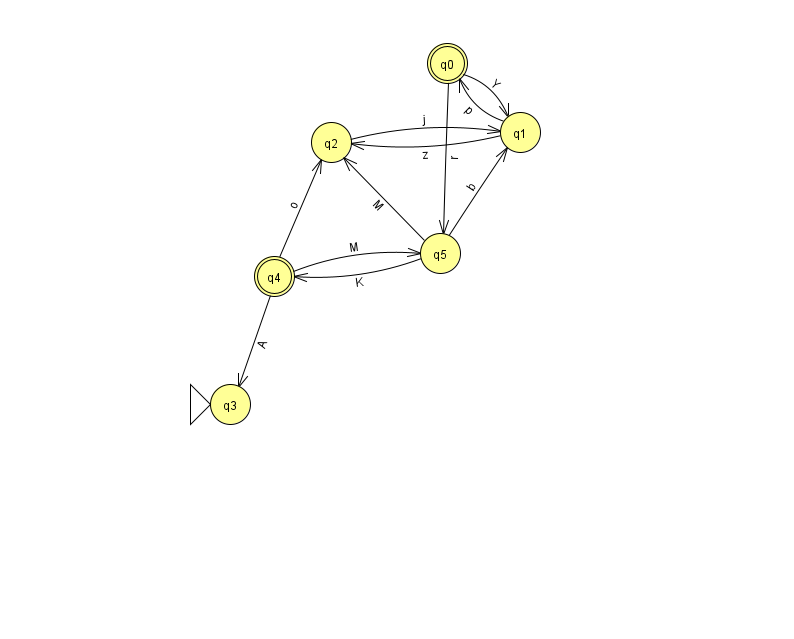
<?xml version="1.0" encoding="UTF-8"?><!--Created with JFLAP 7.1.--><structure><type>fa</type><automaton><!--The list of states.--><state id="0" name="q0"><x>447.0</x><y>50.0</y><final/></state><state id="1" name="q1"><x>520.0</x><y>119.0</y></state><state id="2" name="q2"><x>331.0</x><y>129.0</y></state><state id="3" name="q3"><x>230.0</x><y>391.0</y><initial/></state><state id="4" name="q4"><x>274.0</x><y>263.0</y><final/></state><state id="5" name="q5"><x>440.0</x><y>240.0</y></state><!--The list of transitions.--><transition><from>0</from><to>5</to><read>r</read></transition><transition><from>0</from><to>1</to><read>Y</read></transition><transition><from>4</from><to>5</to><read>M</read></transition><transition><from>4</from><to>3</to><read>A</read></transition><transition><from>5</from><to>2</to><read>M</read></transition><transition><from>5</from><to>4</to><read>K</read></transition><transition><from>1</from><to>0</to><read>p</read></transition><transition><from>5</from><to>1</to><read>b</read></transition><transition><from>4</from><to>2</to><read>o</read></transition><transition><from>1</from><to>2</to><read>z</read></transition><transition><from>2</from><to>1</to><read>j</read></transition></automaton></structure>